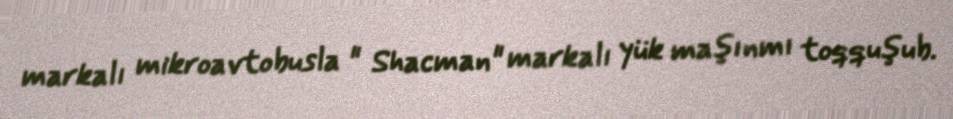
markalı mikroavtobusla " Shacman" markalı yük maşınmı toqquşub.